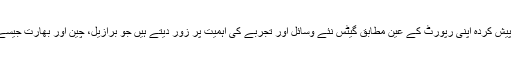
گزشتہ نومبر میں کان، فرانس میں جی 20 اجلاس میں پیش کردہ اپنی رپورٹ کے عین مطابق گیٹس نئے وسائل اور تجربے کی اہمیت پر زور دیتے ہیں جو برازیل، چین اور بھارت جیسے تیزی سے بڑھتے ہوئے ممالک ترقی کے لیے لائے۔